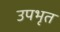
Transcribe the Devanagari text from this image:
उपभृत